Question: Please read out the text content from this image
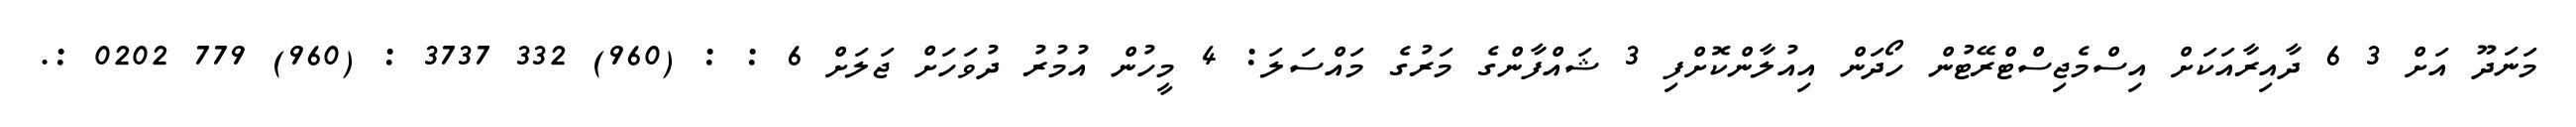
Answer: މަނަދޫ އަށް 3 6 ދާއިރާއަކަށް އިސްމެޖިސްޓްރޭޓުން ހޯދަން އިއުލާންކޮށްފި 3 ޝައްފާންގެ މަރުގެ މައްސަލަ: 4 މީހުން އުމުރު ދުވަހަށް ޖަލަށް 6 : : (960) 332 3737 : (960) 779 0202 :.